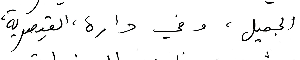
الجميل، وفي داره ، القيصرية،